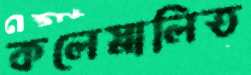
কলেস্নালিত